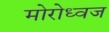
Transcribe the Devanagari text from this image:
मोरोध्‍वज